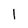
Character: I